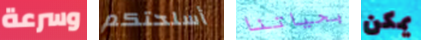
وسرعة أسلحتكم بحياتنا يمكن